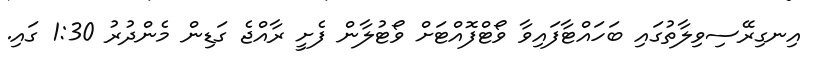
އިނގިރޭސިވިލާތުގައި ބަހައްޓާފައިވާ ވޯޓްފޮއްޓަށް ވޯޓުލާން ފެށީ ރާއްޖެ ގަޑިން މެންދުރު 1:30 ގައި.